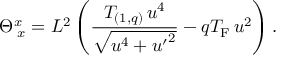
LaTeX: \Theta _ { \; x } ^ { x } = L ^ { 2 } \left( { \frac { T _ { ( 1 , q ) } \, u ^ { 4 } } { \sqrt { u ^ { 4 } + { u ^ { \prime } } ^ { 2 } } } } - q T _ { \mathrm { F } } \, u ^ { 2 } \right) .